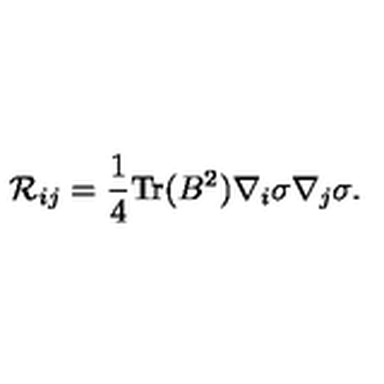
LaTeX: { \cal R } _ { i j } = \frac { 1 } { 4 } \mathrm { T r } ( B ^ { 2 } ) \nabla _ { i } \sigma \nabla _ { j } \sigma .